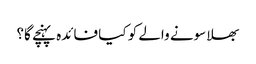
بھلا سونے والے کو کیا فائدہ پہنچے گا؟